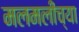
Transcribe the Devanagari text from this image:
मलमलीच्या